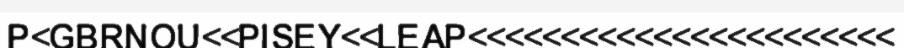
P<GBRNOU<<PISEY<<LEAP<<<<<<<<<<<<<<<<<<<<<<<